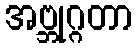
အဗ္ဘုဂ္ဂတာ